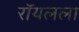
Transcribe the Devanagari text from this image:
रॉयलला